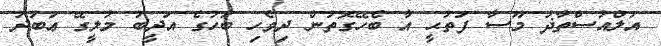
އަލްއުސްތާޛު މޫސާ ފަތުޙީ އާ ބެހޭގޮތުން ދިވެހި ބަހުގެ އަދީބު މުލީގޭ ޢަބުދު